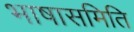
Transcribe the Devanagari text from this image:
भाषासमिति